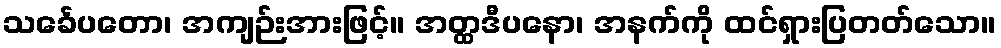
သင်္ခေပတော၊ အကျဉ်းအားဖြင့်။ အတ္ထဒီပနော၊ အနက်ကို ထင်ရှားပြတတ်သော။